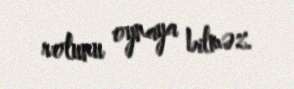
rolunu oynaya bilməz.